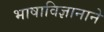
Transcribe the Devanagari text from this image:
भाषाविज्ञानाने